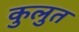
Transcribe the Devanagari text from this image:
कुलुत